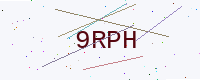
Text: 9RPH